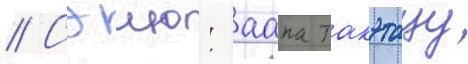
// Сэию: аана такэтацу